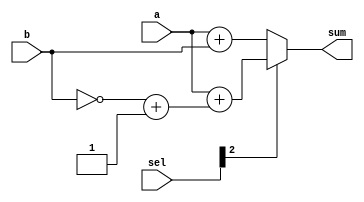
`timescale 1ns / 1ps

module add_sub #(parameter N= 32)(input [N-1:0]a, input [N-1:0]b, input [3:0]sel , output  [N-1:0] sum); 

//wire [N-1:0] mux_out; 
//wire cout;
//N_bit_MUX inst(b, !b,  sel[2],mux_out );


//(input [N-1:0]a, input [N-1:0]b, output [N-1:0]sum,input carryin, output cout);

assign sum = sel[2]? (a+ (~b+1)) : a+b;

endmodule